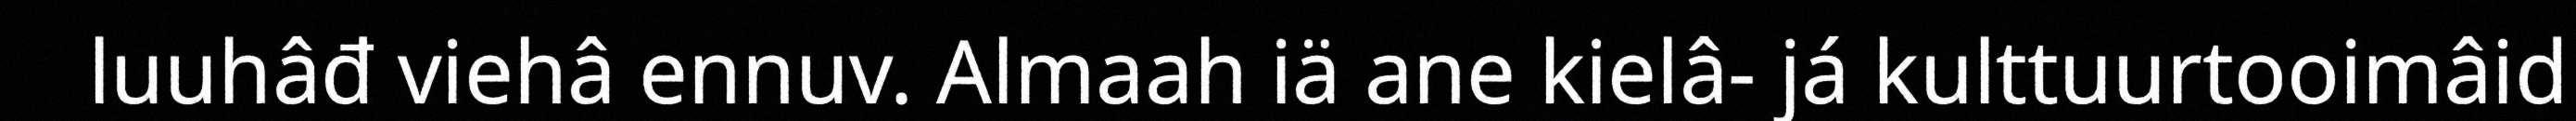
luuhâđ viehâ ennuv. Almaah iä ane kielâ- já kulttuurtooimâid